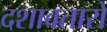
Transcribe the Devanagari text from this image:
दशावतारो